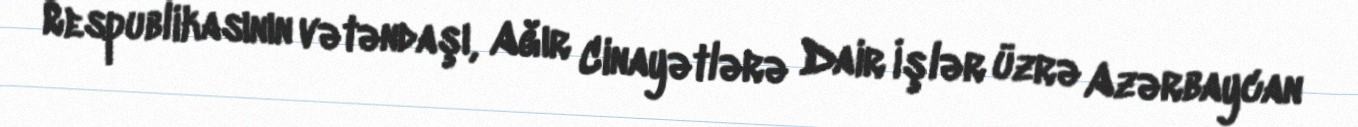
Respublikasının vətəndaşı, Ağır Cinayətlərə Dair İşlər üzrə Azərbaycan